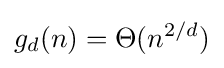
g_{d}(n)=\Theta (n^{2/d})